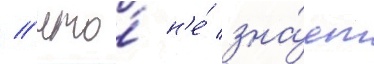
/ что́ н'е́ зна́ет